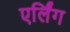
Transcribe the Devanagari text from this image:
एर्लिंग